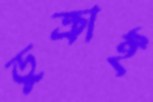
ডুক্‌রাই